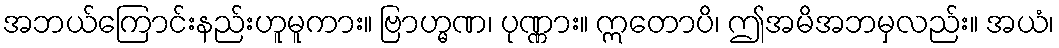
အဘယ်ကြောင်းနည်းဟူမူကား။ ဗြာဟ္မဏ၊ ပုဏ္ဏား။ ဣတောပိ၊ ဤအမိအဘမှလည်း။ အယံ၊